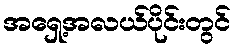
အရှေ့အလယ်ပိုင်းတွင်